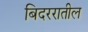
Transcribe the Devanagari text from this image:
बिदररातील